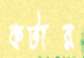
কটার